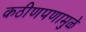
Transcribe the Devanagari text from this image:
कठीणपणामुळे